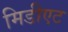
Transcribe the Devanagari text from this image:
मिडीएट